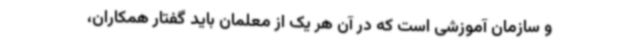
و سازمان آموزشی است که در آن هر یک از معلمان باید گفتار همکاران،